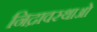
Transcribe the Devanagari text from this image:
निद्रावस्थाओं